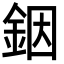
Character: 銦